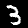
Label: 3